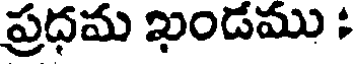
ప్రధమ ఖండము :